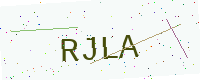
Text: RJLA